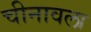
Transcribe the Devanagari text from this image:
चीनावला